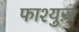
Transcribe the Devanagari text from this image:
फाश्युज़